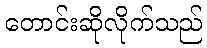
တောင်းဆိုလိုက်သည်